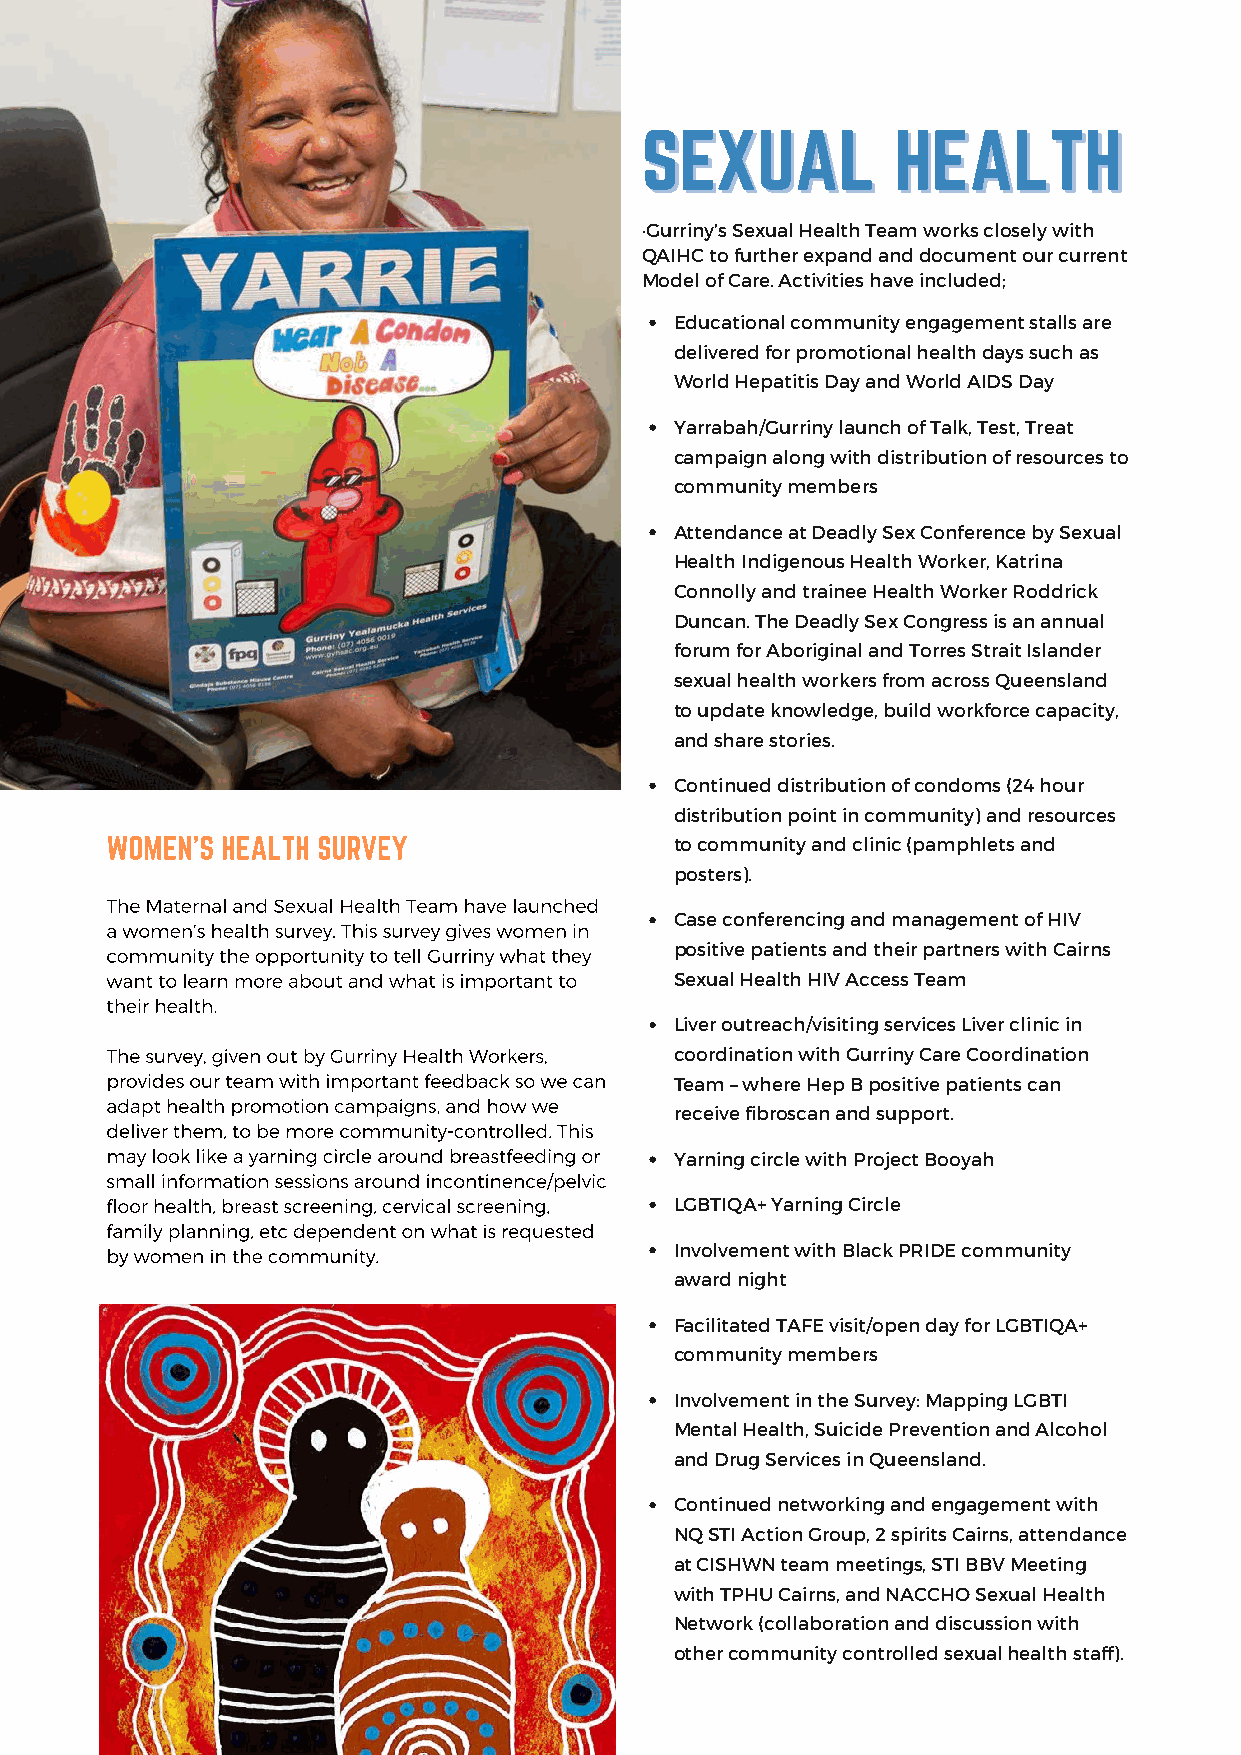
·Gurriny’s Sexual Health Team works closely with
 QAIHC to further expand and document our current
 Model of Care. Activities have included;
 Educational community engagement stalls are
 delivered for promotional health days such as
 World Hepatitis Day and World AIDS Day
 Yarrabah/Gurriny launch of Talk, Test, Treat
 campaign along with distribution of resources to
 community members
 Attendance at Deadly Sex Conference by Sexual
 Health Indigenous Health Worker, Katrina
 Connolly and trainee Health Worker Roddrick
 Duncan. The Deadly Sex Congress is an annual
 forum for Aboriginal and Torres Strait Islander
 sexual health workers from across Queensland
 to update knowledge, build workforce capacity,
 and share stories.
 Continued distribution of condoms (24 hour
 distribution point in community) and resources
 to community and clinic (pamphlets and
 posters).
 Case conferencing and management of HIV
 positive patients and their partners with Cairns
 Sexual Health HIV Access Team
 Liver outreach/visiting services Liver clinic in
 coordination with Gurriny Care Coordination
 Team – where Hep B positive patients can
 receive fibroscan and support.
 Yarning circle with Project Booyah
 LGBTIQA+ Yarning Circle
 Involvement with Black PRIDE community
 award night
 Facilitated TAFE visit/open day for LGBTIQA+
 community members
 Involvement in the Survey: Mapping LGBTI
 Mental Health, Suicide Prevention and Alcohol
 and Drug Services in Queensland.
 Continued networking and engagement with
 NQ STI Action Group, 2 spirits Cairns, attendance
 at CISHWN team meetings, STI BBV Meeting
 with TPHU Cairns, and NACCHO Sexual Health
 Network (collaboration and discussion with
 other community controlled sexual health staff).
 4